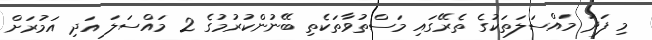
މި ފަދަ މައްސަލަތަކުގެ ތެރޭގައި މަސްތުވާތަކެތި ބޭނުންކުރުމުގެ 2 މައްސަލަ އަދި އަމުރަށް